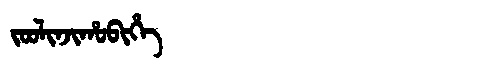
Manchu: ᠵᠣᠣᠯᡳᠨᠵᡳᡥᠣᠪᡳᡥᡝ
Romanization: JOOLINJIHOBIHE